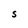
Character: S